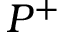
P ^ { + }